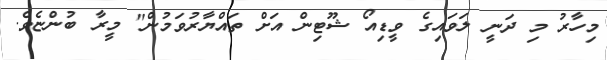
މިހާރު މި ދަނީ ލަވައިގެ ވީޑިއޯ ޝޫޓިން އަށް ތައްޔާރުވަމުން" މީރާ ބުންޏެވެ.